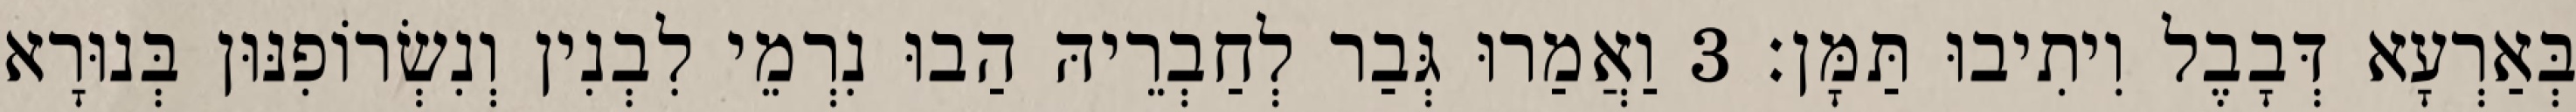
בְּאַרְעָא דְּבָבֶל וִיתִיבוּ תַּמָּן׃ 3 וַאֲמַרוּ גְּבַר לְחַבְרֵיהּ הַבוּ נִרְמֵי לִבְנִין וְנִשְׂרוֹפִנּוּן בְּנוּרָא